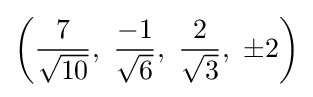
\left({\frac {7}{\sqrt {10}}},\ {\frac {-1}{\sqrt {6}}},\ {\frac {2}{\sqrt {3}}},\ \pm 2\right)